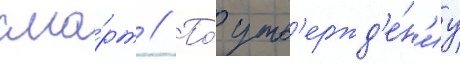
сма́рт // По́ утв'ержд'е́н'иу